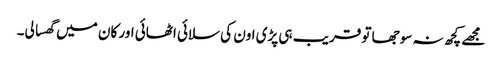
مجھے کچھ نہ سوجھا تو قریب ہی پڑی اون کی سلائی اٹھائی اور کان میں گھسا لی۔